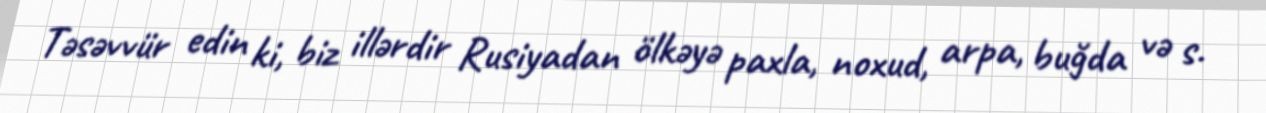
Təsəvvür edin ki, biz illərdir Rusiyadan ölkəyə paxla, noxud, arpa, buğda və s.